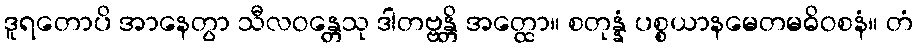
ဒူရတောပိ အာနေတွာ သီလဝန္တေသု ဒါတဗ္ဗန္တိ အတ္ထော။ စတုန္နံ ပစ္စယာနမေတမဓိဝစနံ။ တံ